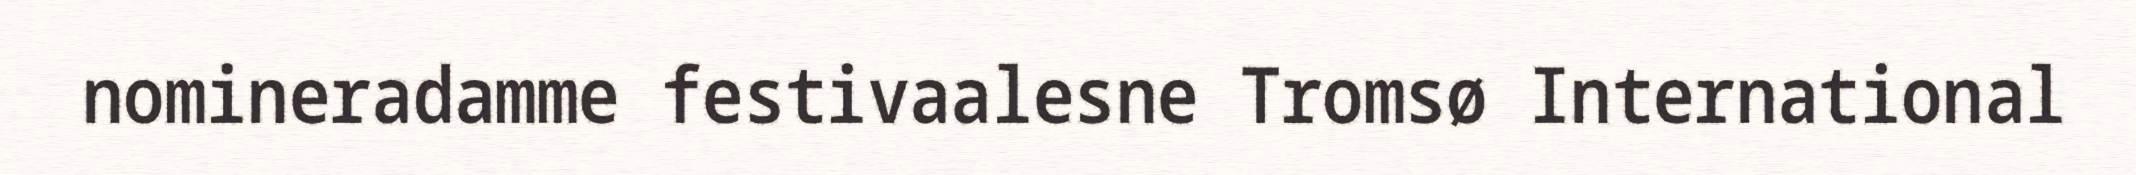
nomineradamme festivaalesne Tromsø International